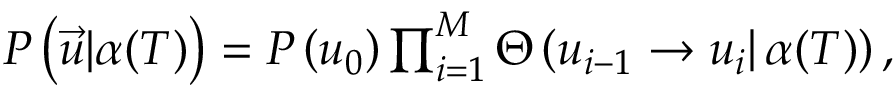
\begin{array} { r } { P \left( \vec { u } | \alpha ( T ) \right) = P \left( u _ { 0 } \right) \prod _ { i = 1 } ^ { M } \Theta \left( u _ { i - 1 } \left. \rightarrow u _ { i } \right| \alpha ( T ) \right) , } \end{array}